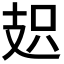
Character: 𭣗